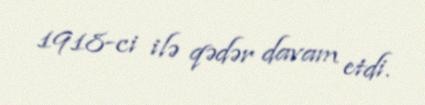
1918-ci ilə qədər davam etdi.